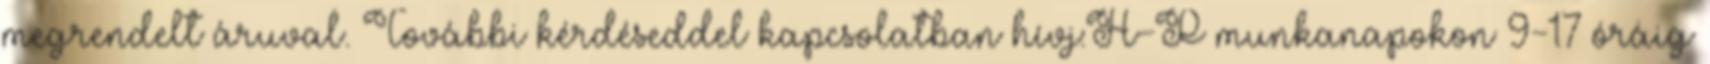
megrendelt áruval. További kérdéseddel kapcsolatban hívj:H-P munkanapokon 9-17 óráig